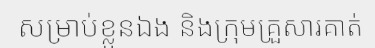
សម្រាប់ខ្លួនឯង និងក្រុមគ្រួសារគាត់